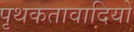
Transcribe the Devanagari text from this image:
पृथकतावादियों